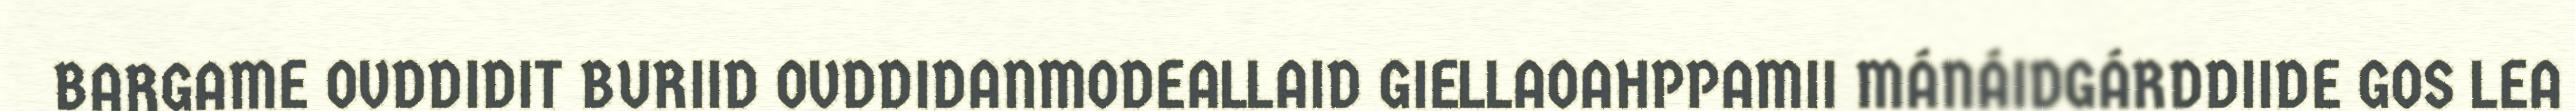
BARGAME OVDDIDIT BURIID OVDDIDANMODEALLAID GIELLAOAHPPAMII MÁNÁIDGÁRDDIIDE GOS LEA